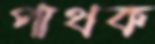
পাথক